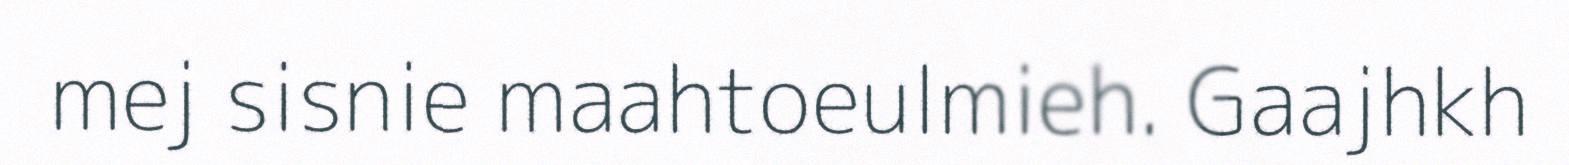
mej sisnie maahtoeulmieh. Gaajhkh